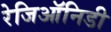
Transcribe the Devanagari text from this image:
रेजिऑनिडी